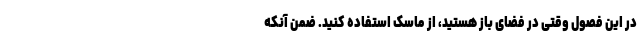
در این فصول وقتی در فضای باز هستید، از ماسک استفاده کنید. ضمن آنکه